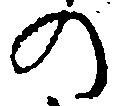
の